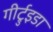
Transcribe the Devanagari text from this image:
गीर्ट्रुइडा